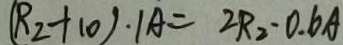
( R _ { 2 } + 1 0 ) \cdot 1 A = 2 R _ { 2 } \cdot 0 . 6 A